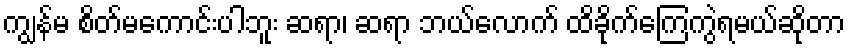
ကျွန်မ စိတ်မကောင်းပါဘူး ဆရာ၊ ဆရာ ဘယ်လောက် ထိခိုက်ကြေကွဲရမယ်ဆိုတာ